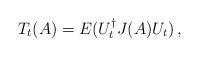
LaTeX: \begin{align*}T_t(A) = E(U_t^\dagger J(A)U_t)\,,\end{align*}